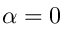
\alpha = 0